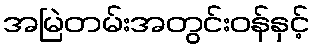
အမြဲတမ်းအတွင်းဝန်နှင့်